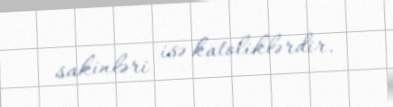
sakinləri isə katoliklərdir.